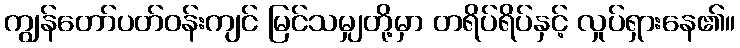
ကျွန်တော်ပတ်ဝန်းကျင် မြင်သမျှတို့မှာ တရိပ်ရိပ်နှင့် လှုပ်ရှားနေ၏။